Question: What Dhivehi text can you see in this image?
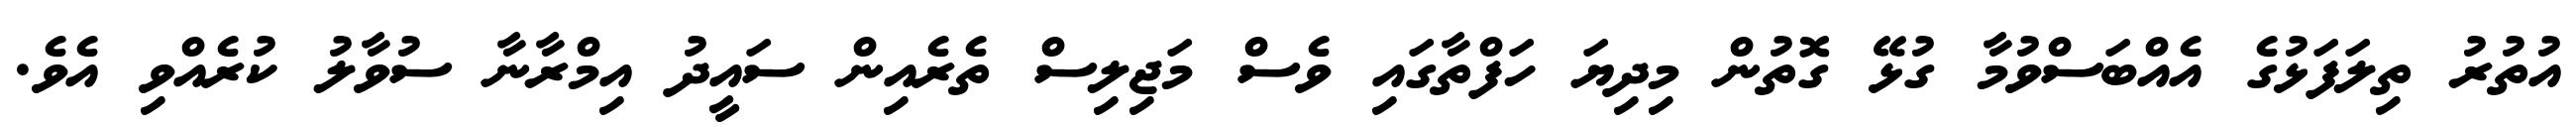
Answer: އުތުރު ތިލަފަޅުގެ އެއްބަސްވުމާ ގުޅޭ ގޮތުން މިދިޔަ ހަފްތާގައި ވެސް މަޖިލިސް ތެރެއިން ސައީދު އިމްރާނާ ސުވާލު ކުރެއްވި އެވެ.